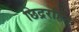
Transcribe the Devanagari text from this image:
छिद्ररहित